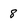
Character: 8